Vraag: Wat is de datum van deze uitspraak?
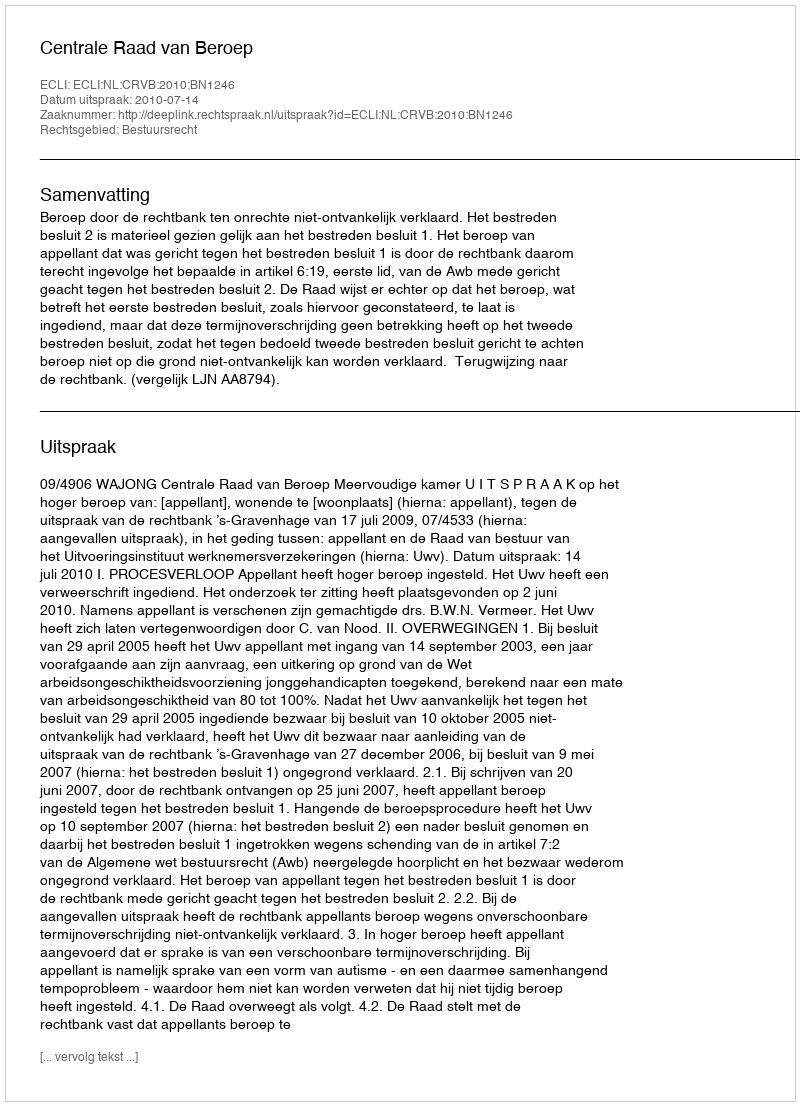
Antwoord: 2010-07-14